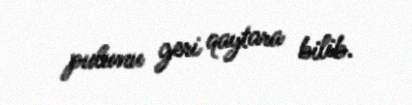
pulunu geri qaytara bilib.